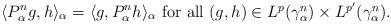
LaTeX: \begin{align*}\langle P^n_\alpha g, h\rangle_\alpha = \langle g, P^n_\alpha h\rangle_\alpha\mbox{ for all $(g,h)\in L^p(\gamma^n_\alpha)\times L^{p'}(\gamma^n_\alpha)$.}\end{align*}